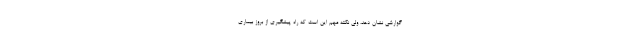
گوارشی نشان دهد، ولی نکته مهم این است که راه پیشگیری از بروز بیماری